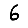
Digit: 6